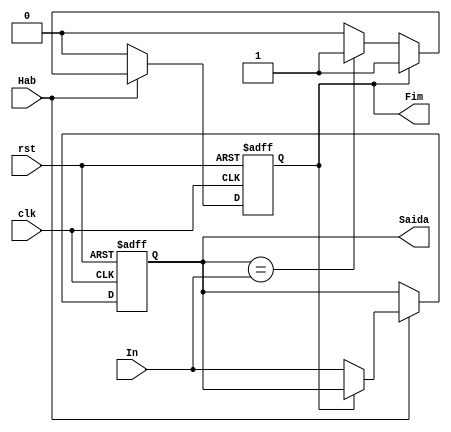
// Module register to hold 4-bit words
module registro (In, clk, rst, Hab, Saida, Fim);
// I/O list
input wire [3:0] In;
input wire clk;
input wire rst;
input wire Hab;
output reg [3:0] Saida;
output reg Fim;

always @ ( posedge clk or posedge rst )
begin
	if (rst)
		 begin
			Saida <= 0;
			Fim <= 0;
		  end
	else
		if (Hab)
			begin
				if(!Fim)
					begin
						Saida <= In;
						if (Saida == In)
							Fim <= 1;
					end
			end
		else
			Fim <=0;
			
end
endmodule